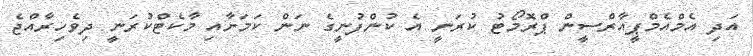
އަދި އެމްއެމްޕީއާރްސީން ޕްރޮމޯޓު ކުރަނީ އެ ކުންފުނީގެ ނަން ކަމަށާއި މާކެޓްކުރަނީ ދިވެހިރާއްޖެ